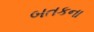
બતકના